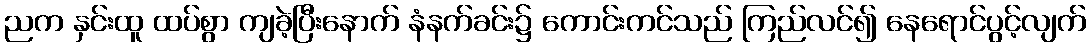
ညက နှင်းထူ ထပ်စွာ ကျခဲ့ပြီးနောက် နံနက်ခင်း၌ ကောင်းကင်သည် ကြည်လင်၍ နေရောင်ပွင့်လျက်